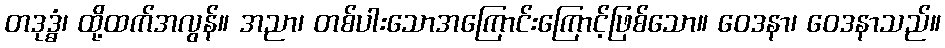
တဒုဒ္ဓံ၊ ထို့ထက်အလွန်။ အညာ၊ တစ်ပါးသောအကြောင်းကြောင့်ဖြစ်သော။ ဝေဒနာ၊ ဝေဒနာသည်။